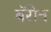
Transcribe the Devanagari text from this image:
बॅरोन